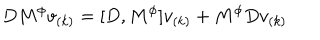
D M ^ { \phi } v _ { ( k ) } = [ D , M ^ { \phi } ] v _ { ( k ) } + M ^ { \phi } D v _ { ( k ) }